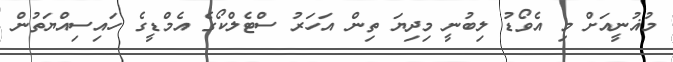
މުޣުނީއަށް މި އެވޯޑު ލިބުނީ މިދިޔަ ތިން އަހަރު ސްޓެލްކޯގެ އެމްޑީގެ ހައިސިއްޔަތުން